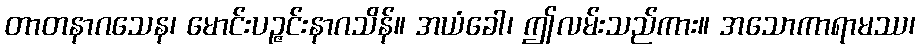
တာတနာဂသေန၊ မောင်းပဉ္ဇင်းနာဂသိန်။ အယံခေါ၊ ဤလမ်းသည်ကား။ အသောကာရာမဿ၊